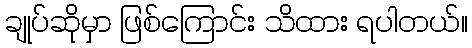
ချုပ်ဆိုမှာ ဖြစ်ကြောင်း သိထား ရပါတယ်။